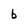
Character: b